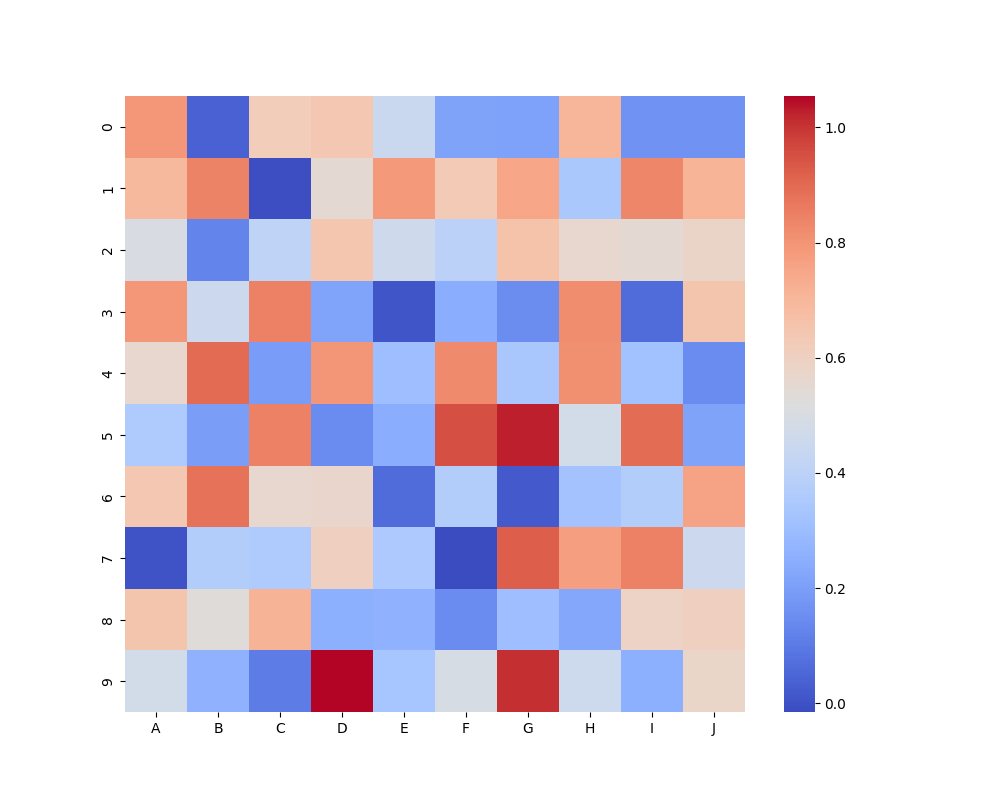
python, seaborn, heatmap, cmap='coolwarm', linewidths=0.0, center=none